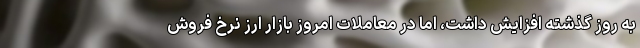
به روز گذشته افزایش داشت، اما در معاملات امروز بازار ارز نرخ فروش